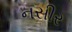
નસીર